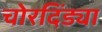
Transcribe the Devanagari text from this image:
चोरदिंड्या